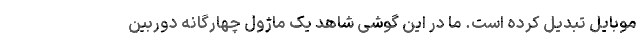
موبایل تبدیل کرده است. ما در این گوشی شاهد یک ماژول چهارگانه دوربین